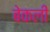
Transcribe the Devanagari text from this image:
बेकली